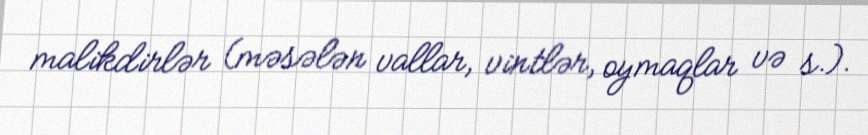
malikdirlər (məsələn vallar, vintlər, oymaqlar və s.).